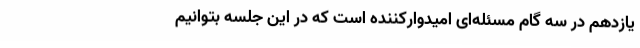
یازدهم در سه گام مسئله‌ای امیدوارکننده است که در این جلسه بتوانیم